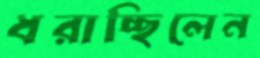
ধরাচ্ছিলেন